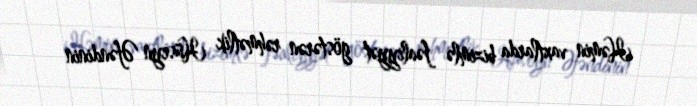
Həmin vaxtlarda bizimlə fəaliyyət göstərən rəhmətlik Hüseyn Əfəndinin